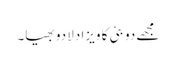
مجھے دوبئی کا ویزا دلا دو بھیا۔